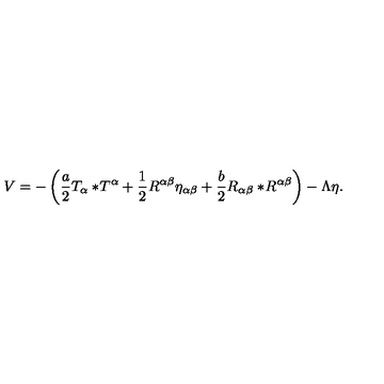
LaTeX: V = - \left( { \frac { a } { 2 } } T _ { \alpha } { } * \! T ^ { \alpha } + { \frac { 1 } { 2 } } R ^ { \alpha \beta } \eta _ { \alpha \beta } + { \frac { b } { 2 } } R _ { \alpha \beta } { } * \! R ^ { \alpha \beta } \right) - \Lambda \eta .